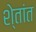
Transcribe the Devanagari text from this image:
शे्तांत